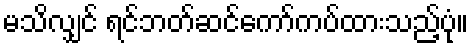
မသိလျှင် ရင်ဘတ်ဆင်ကော်ကပ်ထားသည့်ပုံ။